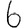
Digit: 6